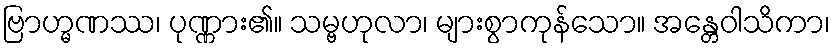
ဗြာဟ္မဏဿ၊ ပုဏ္ဏား၏။ သမ္ဗဟုလာ၊ များစွာကုန်သော။ အန္တေဝါသိကာ၊